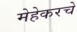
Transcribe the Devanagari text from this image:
मेहेकरचे